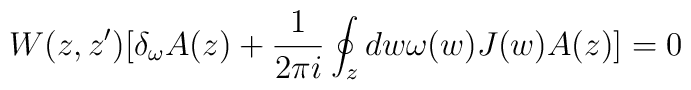
W(z,z')[\delta_{\omega}A(z)+\frac{1}{2\pi i}\oint_z dw\omega(w)J(w)A(z)] =0